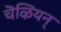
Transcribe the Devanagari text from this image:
चॆऴियन्